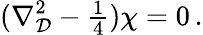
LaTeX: (\nabla_{\mathcal{D}}^{2}-{\textstyle\frac{{1}}{{4}}})\chi=0\, .